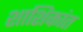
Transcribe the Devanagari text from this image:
शाशिकांत